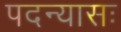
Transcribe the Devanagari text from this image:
पदन्यासः